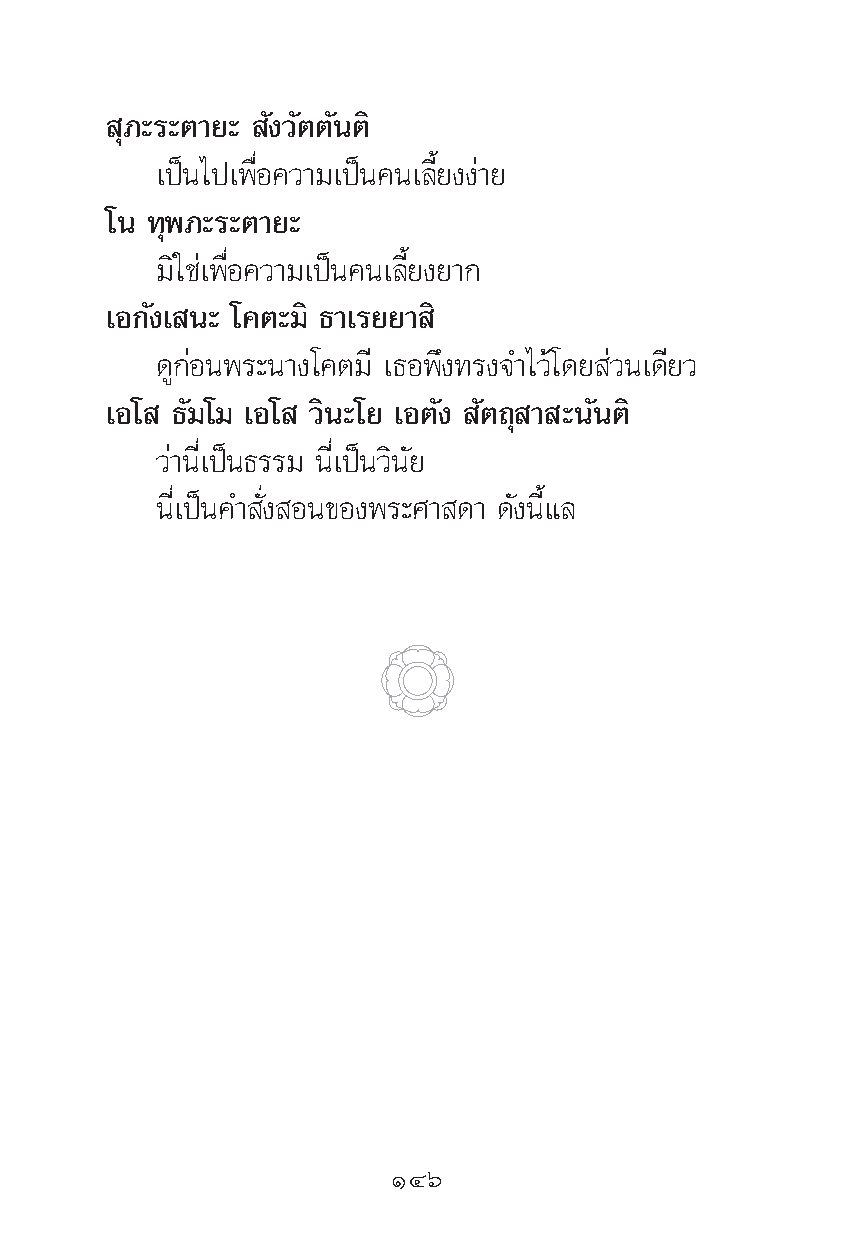
ÿ¿–√–μ“¬– —ß«—μμ—πμ‘
 ‡ªìπ‰ª‡æ◊ËÕ§«“¡‡ªìπ§π‡≈’È¬ßßà“¬
 ‚π ∑ÿæ¿–√–μ“¬–
 ¡‘„™à‡æ◊ËÕ§«“¡‡ªìπ§π‡≈’È¬ß¬“°
 ‡Õ°—ß‡ π– ‚§μ–¡‘ ∏“‡√¬¬“ ‘
 ¥Ÿ°àÕπæ√–π“ß‚§μ¡’ ‡∏Õæ÷ß∑√ß®”‰«â‚¥¬ à«π‡¥’¬«
 ‡Õ‚ ∏—¡‚¡ ‡Õ‚ «‘π–‚¬ ‡Õμ—ß —μ∂ÿ “ –π—πμ‘
 «à“π’Ë‡ªìπ∏√√¡ π’Ë‡ªìπ«‘π—¬
 π’Ë‡ªìπ§” —Ëß Õπ¢Õßæ√–»“ ¥“ ¥—ßπ’È·≈
 ÒÙˆ